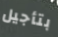
بتأجيل